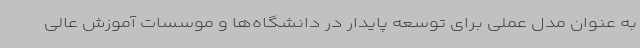
به عنوان مدل عملی برای توسعه پایدار در دانشگاه‌ها و موسسات آموزش عالی